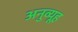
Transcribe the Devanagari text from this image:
अनुव्यूह